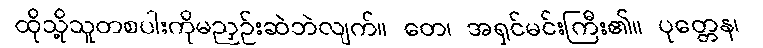
ထိုသို့သူတစပါးကိုမညှဉ်းဆဲဘဲလျက်။ တေ၊ အရှင်မင်းကြီး၏။ ပုတ္တေန၊